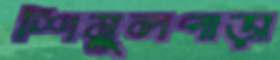
শিমুলপাড়া